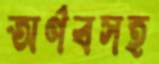
অর্ণবসহ